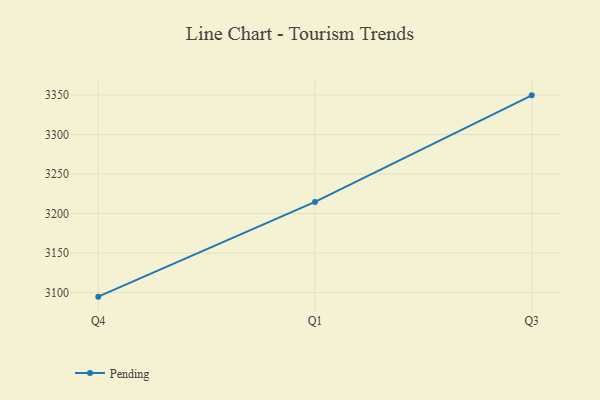
{"axis": {"x": "Quarter", "y": "Production Output"}, "legend": ["Pending"], "data": [{"x": "Q4", "y": 3094.8, "type": "Pending"}, {"x": "Q1", "y": 3214.7, "type": "Pending"}, {"x": "Q3", "y": 3349.6, "type": "Pending"}]}